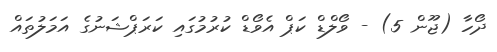
ދޯހާ (ޖޫން 5) - ވޯލްޑް ކަޕް އެވޯޑް ކުރުމުގައި ކަރަޕްޝަނުގެ އަމަލުތައް